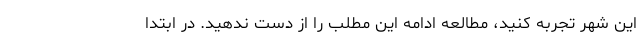
این شهر تجربه کنید، مطالعه ادامه این مطلب را از دست ندهید. در ابتدا